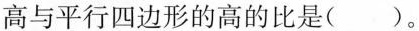
高与平行四边形的高的比是()。